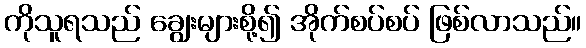
ကိုသူရသည် ချွေးများစို့၍ အိုက်စပ်စပ် ဖြစ်လာသည်။